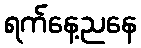
ရက်နေ့ညနေ